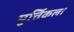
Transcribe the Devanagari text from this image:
मुर्त्तिकला